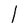
Character: l